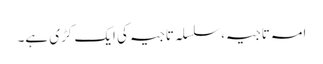
امہ تاجیہ،سلسلہ تاجیہ کی ایک کڑی ہے۔